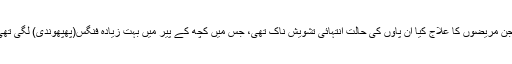
ڈاکٹر بریڈ نے ایک انٹرویو کے دوران بتایا کہ انہوں نے جن مریضوں کا علاج کیا ان پاوں کی حالت انتہائی تشویش ناک تھی، جس میں کچھ کے پیر میں بہت زیادہ فنگس(پھُپھُوندی) لگی تھی جبکہ کچھ کے پاوں کی انگلیاں آپس میں جڑی ہوتی ہیں۔